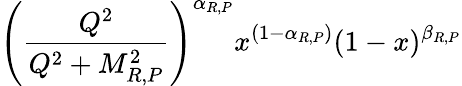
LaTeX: \left(\frac{Q^{2}}{Q^{2}+M_{R,P}^{2}}\right)^{\alpha_{R,P}}x^{(1-\alpha_{R,P})}(1-x)^{\beta_{R,P}}